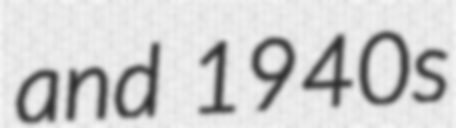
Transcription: and 1940s